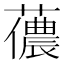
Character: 𧁓